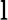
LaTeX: \mathrm{l}